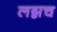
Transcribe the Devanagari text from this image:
लग्नच